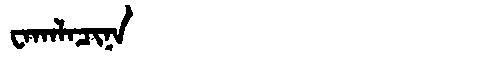
Manchu: ᠸᠠᡴᠠᠯᠠᠴᡳᠨᠠ
Romanization: WAKALACINA